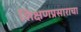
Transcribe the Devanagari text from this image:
शिक्षणप्रसाराचा